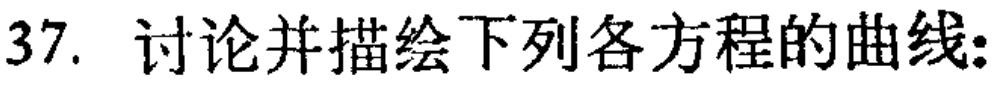
37. 讨论并描绘下列各方程的曲线: